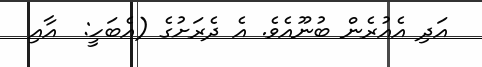
އަދި އެއުރެން ބުނޫއެވެ. އެ ދެރަށުގެ (އެބަހީ:  އާއި